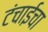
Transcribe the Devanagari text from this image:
टंचाईचा